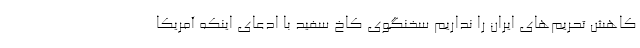
کاهش تحریم‌های ایران را نداریم سخنگوی کاخ سفید با ادعای اینکه آمریکا